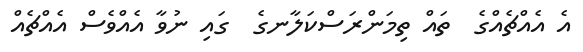
އެ އެއްޗެއްގެ  ތައް ތިމަންރަސްކަލާނގެ  ގައި ނުވާ އެއްވެސް އެއްޗެއް